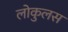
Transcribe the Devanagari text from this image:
लोकुलस